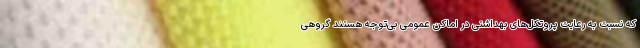
که نسبت به رعایت پروتکل‌های بهداشتی در اماکن عمومی بی‌توجه هستند گروهی